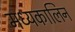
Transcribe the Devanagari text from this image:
मध्यकालिन